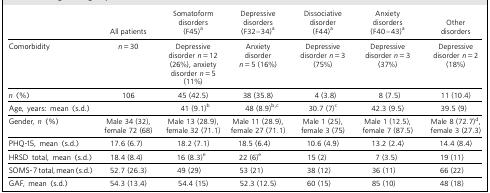
<table><thead><tr><td></td><td><b>All patients</b></td><td><b>Somatoform disorders (F45)<sup>a</sup></b></td><td><b>Depressive disorders (F32-34)<sup>a</sup></b></td><td><b>Dissociative disorder (F44)<sup>a</sup></b></td><td><b>Anxiety disorders (F40-43)<sup>a</sup></b></td><td><b>Other disorders</b></td></tr></thead><tbody><tr><td>Comorbidity</td><td><i>n</i> = 30</td><td>Depressive disorder <i>n</i> = 12 (26%), anxiety disorder <i>n</i> = 5 (11%)</td><td>Anxiety disorder <i>n</i> = 5 (16%)</td><td>Depressive disorder <i>n</i> = 3 (75%)</td><td>Depressive disorder <i>n</i> = 3 (37%)</td><td>Depressive disorder <i>n</i> = 2 (18%)</td></tr><tr><td><i>n</i> (%)</td><td>106</td><td>45 (42.5)</td><td>38 (35.8)</td><td>4 (3.8)</td><td>8 (7.5)</td><td>11 (10.4)</td></tr><tr><td>Age, years: mean (s.d.)</td><td></td><td>41 (9.1)<sup>b</sup></td><td>48 (8.9)<sup>b</sup><sup>,</sup><sup>c</sup></td><td>30.7 (7)<sup>c</sup></td><td>42.3 (9.5)</td><td>39.5 (9)</td></tr><tr><td>Gender, <i>n</i> (%)</td><td>Male 34 (32), female 72 (68)</td><td>Male 13 (28.9), female 32 (71.1)</td><td>Male 11 (28.9), female 27 (71.1)</td><td>Male 1 (25), female 3 (75)</td><td>Male 1 (12.5), female 7 (87.5)</td><td>Male 8 (72.7)<sup>d</sup>, female 3 (27.3)</td></tr><tr><td>PHQ-15, mean (s.d.)</td><td>17.6 (6.7)</td><td>18.2 (7.1)</td><td>18.5 (6.4)</td><td>10.6 (4.9)</td><td>13.2 (2.4)</td><td>14.4 (8.4)</td></tr><tr><td>HRSD total, mean (s.d.)</td><td>18.4 (8.4)</td><td>16 (8.3)<sup>e</sup></td><td>22 (6)<sup>e</sup></td><td>15 (2)</td><td>7 (3.5)</td><td>19 (11)</td></tr><tr><td>SOMS-7 total, mean (s.d.)</td><td>52.7 (26.3)</td><td>49 (29)</td><td>53 (21)</td><td>38 (12)</td><td>36 (11)</td><td>66 (22)</td></tr><tr><td>GAF, mean (s.d.)</td><td>54.3 (13.4)</td><td>54.4 (15)</td><td>52.3 (12.5)</td><td>60 (15)</td><td>85 (10)</td><td>48 (18)</td></tr></tbody></table>